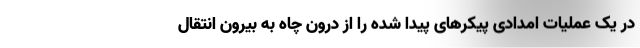
در یک عملیات امدادی پیکرهای پیدا شده را از درون چاه به بیرون انتقال